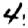
Digit: 4